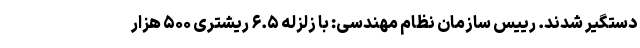
دستگیر شدند. رییس سازمان نظام مهندسی: با زلزله ۶.۵ ریشتری ۵۰۰ هزار